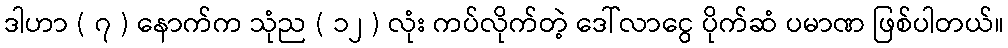
ဒါဟာ ( ၇ ) နောက်က သုံည ( ၁၂ ) လုံး ကပ်လိုက်တဲ့ ဒေါ်လာငွေ ပိုက်ဆံ ပမာဏ ဖြစ်ပါတယ်။